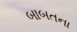
બાબતના